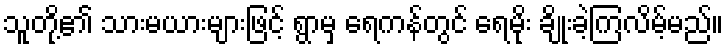
သူတို့၏ သားမယားများဖြင့် ရွာမှ ရေကန်တွင် ရေမိုး ချိုးခဲ့ကြလိမ့်မည်။